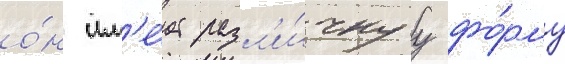
о́н им'е́ет разл'и́чнуу фо́рму